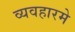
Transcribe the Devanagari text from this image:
व्यवहारमे